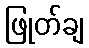
ဖြုတ်ချ